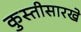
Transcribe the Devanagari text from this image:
कुस्तीसारखे